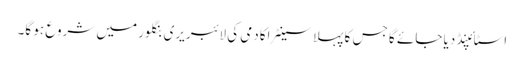
اسٹائپنڈ دیا جائے گا جس کا پہلا سینٹر اکادمی کی لائبریری بنگلور میں شروع ہو گا۔